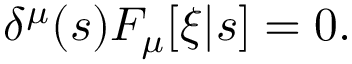
\delta ^ { \mu } ( s ) F _ { \mu } [ \xi | s ] = 0 .